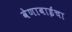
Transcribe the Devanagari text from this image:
वेणाबाईंचा